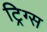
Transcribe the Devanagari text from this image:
ट्रिग्स